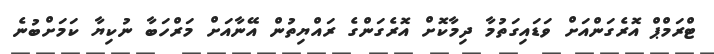
ޓްރަމްޕް އޮރެގަންއަށް ވަޑައިގަތުމާ ދިމާކޮށް އޮރެގަންގެ ރައްޔިތުން އޭނާއަށް މަރްހަބާ ނުކިޔާ ކަމަށްބުނެ